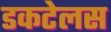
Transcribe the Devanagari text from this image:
डकटेलस